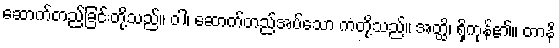
ဆောက်တည်ခြင်းတို့သည်။ ဝါ၊ ဆောက်တည်အပ်သော ကံတို့သည်။ အတ္ထိ၊ ရှိကုန်၏။ တာနိ